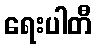
ရေးပါတီ